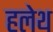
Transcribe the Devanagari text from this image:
हलेथ